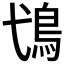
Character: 𩾢